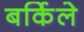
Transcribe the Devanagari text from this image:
बर्किले